Medical and sanitary report of the native army of Madras for the year
Year: 1876
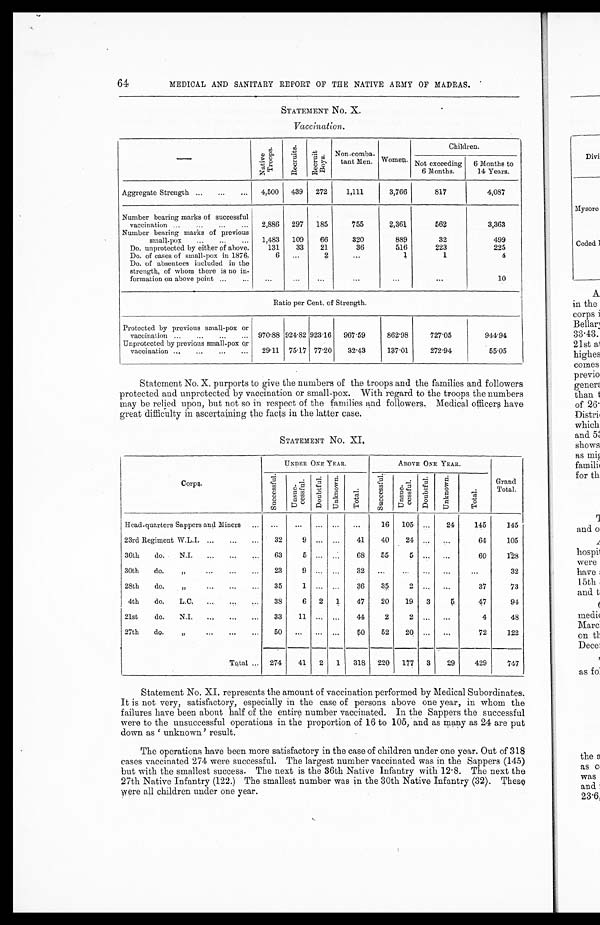
64
MEDICAL AND SANITARY REPORT OF THE NATIVE ARMY OF MADRAS.
STATEMENT No. X.
Vaccination.
— Nat i ve Tr oops.
Recur i t s.
Recuri t
Boys.
Non -comba-
tant Men. Women.
Children.
Not exceeding
6 Months.
6 Months to
14 Years.
Aggregate Strength ...
...
...
4,500
439
272
1,111
3,766
817
4,087
Number bearing marks of successful
vaccination ...
...
...
...
2,886
297
185
755
2,361
562
3,363
Number bearing marks of previous
small-pox
...
...
...
1,483
109
66
320
889
32
499
Do. unprotected by either of above.
131
33
21
36
516
223
225
Do. of cases of small-pox in 1876.
6
...
2
. . .
1
1
4
Do. of absentees included in the
strength, of whom there is no in-
formation on above point ...
...
. . .
. . .
•••
. . .
...
...
10
Ratio per Cent. of Strength.
Protected by previous small-pox. or
vaccination ...
...
...
... 970.88 924.82 923.16 967.59
862.98
727.05
944.94
Unprotected by previous small-pox or
vaccination ...
...
...
...
29.11 75.17 77.20
32.43
1 3 7 . 0 1
272.94
55.05
•
S t a t e me n t No . X. p u r p o r t s t o g i v e t h e n u mb e r s o f t h e t r o o p s a n d t h e f a mi l i e s a n d f o l l o we r s
protected and unprotected by vaccination or small-pox. With regard to the troops the numbers
may be relied upon, but not so in respect of the families and followers. Medical officers have
great difficulty in ascertaining the facts in the latter case.
STATEMENT No. XI.
Corps.
UNDER ONE YEAR.
ABOVE ONE YEAR.
Grand
Total.
Successful .
UnSuccessful .
Do u b t f u l . Unknown. -
Tot al .
Successf ul .
U n S u c c e s s f u l .
Doubt f ul .
Unknown.
Total.
Head-quarters Sappers and Miners ...
...
...
... ...
...
16
105
. . . 24
145
145
23rd Regiment W.L.I. ...
...
...
32
9 ... ...
41
40
24
...
...
64
105
36th
do.
N.I.
...
...
63
5 ... ...
68
55
5
. . . ...
60
128
30th
do.
,,
...
...
...
23
9
. . .
. . .
32
. . .
. . .
. . . ...
...
32
28th
do.
,, . . .
. . .
35
1
...
. . .
36
35
2
. . . ...
37
73
4th
do.
L . C . . . . . . . . . .
38
6
2
1
47
20
19
3
5
47
94
21st
do.
N.I.
...
...
...
33
11
...
. . .
44
2
2
. . .
. . .
4
48
27th
do.
„
...
...
...
50
. . . ... ...
50
52
20
. . . ...
72
122
Total ... 274
41
2
1
318
220
177
3
29
429
747
Statement No. XI. represents the amount of vaccination performed by Medical Subordinates.
It is not very, satisfactory, especially in the case of persons above one year, in whom the
failures have been about half of the entire number vaccinated. In the Sappers the successful
were to the unsuccessful operations in the proportion of 16 to 105, and as many as 24 are put
down as ' unknown' result.
The operations have been more satisfactory in the case of children under one year. Out of 318
cases vaccinated 274 were successful. The largest number vaccinated was in the Sappers (145)
but with the smallest success. The next is the 36th Native Infantry with 12.8. The next the
27th Native Infantry (122.) The smallest number was in the 30th Native Infantry (32). These
were all children under one year.